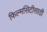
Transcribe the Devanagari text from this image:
फिल्मसिटीसाठी